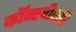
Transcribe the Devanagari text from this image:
कॉन्स्पीरसी